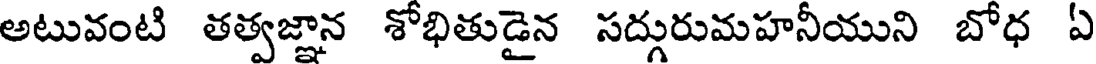
అటువంటి తత్వజ్ఞాన శోభితుడైన సద్గురుమహనీయుని బోధ ఏ